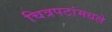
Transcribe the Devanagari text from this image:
चित्रपटांमधले